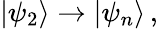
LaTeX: |\psi_{2}\rangle\rightarrow|\psi_{n}\rangle\, ,